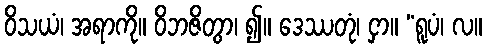
ဝိသယံ၊ အရာကို။ ဝိဘဇိတွာ၊ ၍။ ဒေဿတုံ၊ ငှာ။ “ရူပံ၊ လ။